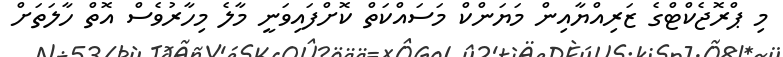
މިި ޕްރޮޖެކްޓްގެ ޒަރިއްޔާއިން މަޔަންކް މަސައްކަތް ކޮށްފައިވަނީ މާލެ މިހާރުވެސް އޮތް ހާލަތަށް